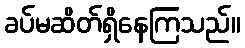
ခပ်မဆိတ်ရှိနေကြသည်။